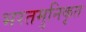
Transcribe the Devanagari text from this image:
भरतमुनिकृत